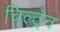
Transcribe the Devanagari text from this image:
चिल्ट्रेन